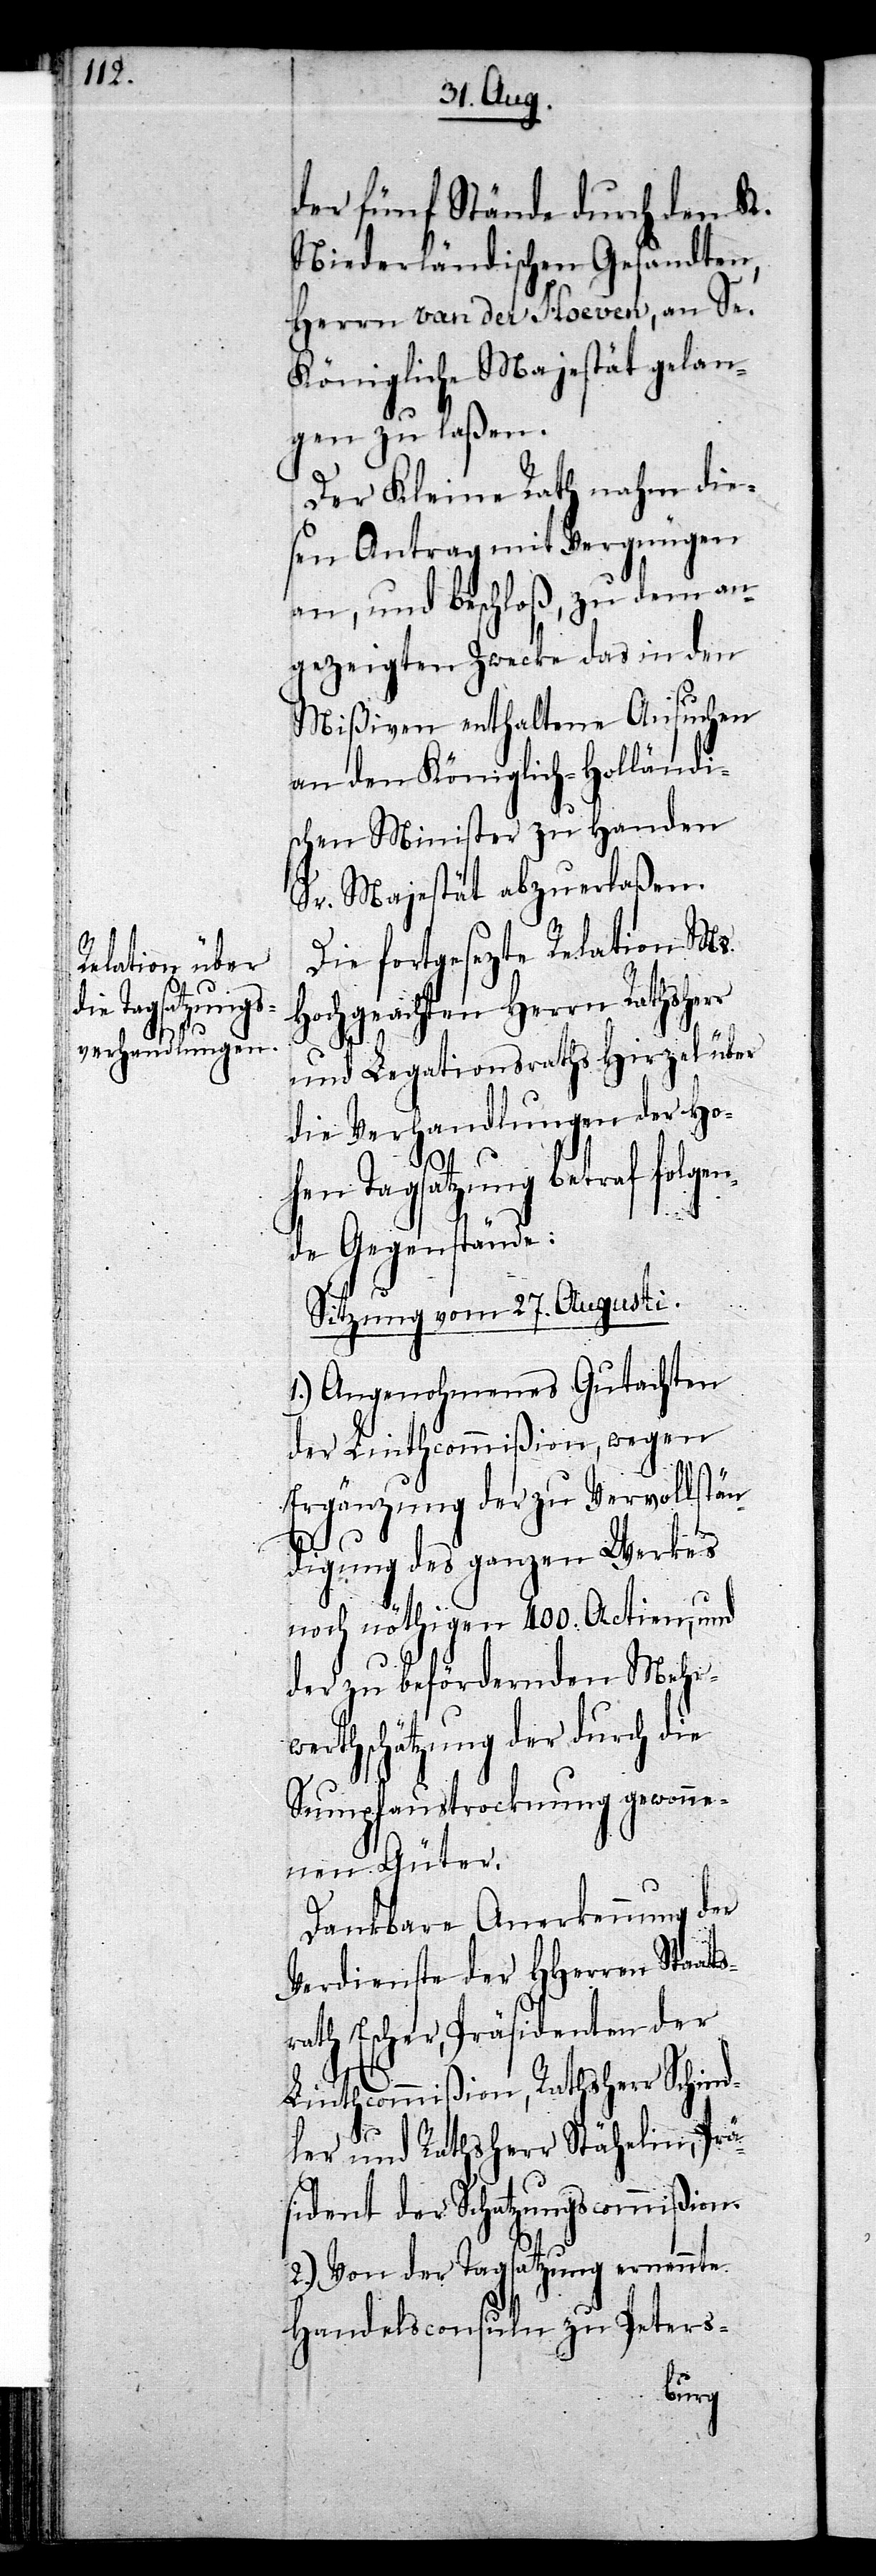
der fünf Stände durch den K.
Niederländischen Gesandten
Herrn van der Hoeven, an Se.
Königliche Majestät gelan¬
gen zu laßen.
Der Kleine Rath nahm die¬
sen Antrag mit Vergnügen
an, und beschloß, zu dem an¬
gezeigten Zwecke das in den
Mißiven enthaltene Ansuchen
an den Königlich-Holländi¬
schen Minister zu Handen
Sr. Majestät abzuerlaßen.
Die fortgesezte Relation Ms.
Hochgeachten Herrn Rathsherr
und Legationsraths Hirzel über
die Verhandlungen der Ho¬
hen Tagsatzung betraf folgen¬
de Gegenstände:
Sitzung vom 27. Augusti.
1.) Angenohmenes Gutachten
der Linthcommißion, wegen
Ergänzung der zu Vervollstän¬
digung des ganzen Werkes
noch nöthigen 400. Actien, und
der zu befördernden Mehr¬
werthschätzung der durch die
Sumpfaustrocknung gewonne¬
nen Güter.
Dankbare Anerkennung der
Verdienste der HHerren Staat¬
srath Escher, Präsidenten der
Linthcommißion, Rathsherr Schind¬
ler und Rathsherr Stähelin, Prä¬
sident der Schatzungscommißion.
2.) Von der Tagsatzung ernennte
Handelsconsuln zu Peters-